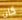
كان